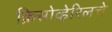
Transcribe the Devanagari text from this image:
क्रिसोव्हेरिलचे